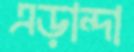
এড়ান্দা